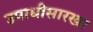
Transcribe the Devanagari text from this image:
उपाधीसारखा